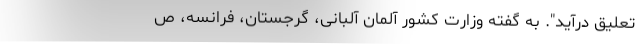
تعلیق درآید". به گفته وزارت کشور آلمان آلبانی، گرجستان، فرانسه، ص